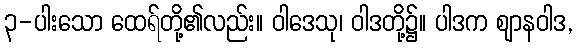
၃-ပါးသော ထေရ်တို့၏လည်း။ ဝါဒေသု၊ ဝါဒတို့၌။ ပါဒက ဈာနဝါဒ,